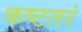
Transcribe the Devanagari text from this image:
कष्टतरं